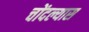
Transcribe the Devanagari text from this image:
चोंदल्यास